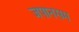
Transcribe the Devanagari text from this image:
जपानसम